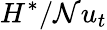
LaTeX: H^{*}/\mathcal{N}u_{t}